Vaccination report Assam 1874-1896 - 1874-1896
Year: 1874
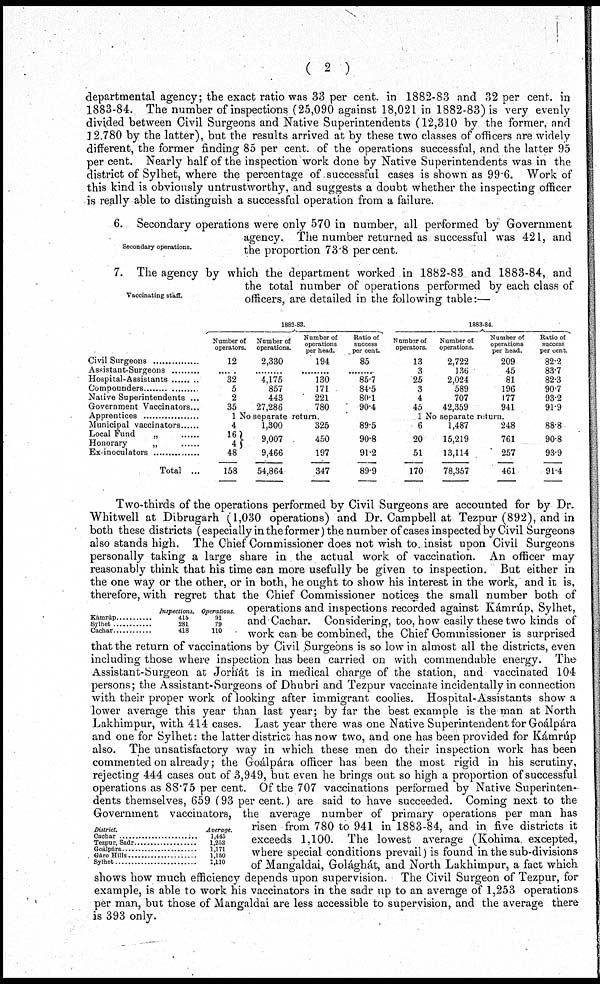
( 2 )
departmental agency; the exact ratio was 33 per cent. in 1882-83 and 32 per cent. in
1883-84. The number of inspections (25,090 against 18,021 in 1882-83) is very evenly
divided between Civil Surgeons and Native Superintendents (12,310 by the former, and
12,780 by the latter), but the results arrived at by these two classes of officers are widely
different, the former finding 85 per cent. of the operations successful, and the latter 95
per cent. Nearly half of the inspection work done by Native Superintendents was in the
district of Sylhet, where the percentage of successful cases is shown as 99.6. Work of
this kind is obviously untrustworthy, and suggests a doubt whether the inspecting officer
is really able to distinguish a successful operation from a failure.
Secondary operations.
6. Secondary operations were only 570 in number, all performed by Government
agency. The number returned as successful was 421, and
the proportion 73.8 per cent.
Vaccinating staff.
7. The agency by which the department worked in 1882-83 and 1883-84, and
the total number of operations performed by each class of
officers, are detailed in the following table:—
Civil Surgeons ..................
Assistant-Surgeons .........
Hospital-Assitants .........
Compounders ...............
Native Superintendents ...
Government Vaccinators...
Apprentices ...............
Municipal vaccinators ......
Local Fund
„
Honorary „ ......
Ex-inoculators ...............
Total ...
1882-83
Number of
operators.
12
32
5
2
35
Number of
operations.
2,330
......
4,175
857
443
27,286
Number of
operations
per head.
194
......
130
171
221
780
Ratio of
success
per cent.
85
......
85.7
84.5
80.1
90.4
1 No separate return.
4
16
4
48
158
1,300
9,007
9,466
54,864
325
450
197
347
89.5
90.8
91.2
89.9
1883-84
Number of
operators.
13
3
25
3
4
45
Number of
operations.
2,722
136
2,024
589
707
42,359
Number of
operations
per head.
209
45
81
196
177
941
Ratio of
success
per cent
82.2
83.7
82.3
90.7
93.2
91.9
1 No separate return.
6
20
51
170
1,487
15,219
13,114
78,357
248
761
257
461
88.8
90.8
93.9
91.4
Kámrúp ............
Sylhet ...............
Cachar ...............
Inspections.
416
281
418
Operations.
91
79
110
District.
Cacher .....................
Tezpur, Sadr ............
Goálpára ..................
Gáro Hills ..................
Sylhet ........................
Average
1,445
1,258
1,171
1,150
1,110
Two-thirds of the operations performed by Civil Surgeons are accounted for by Dr.
Whitwell at Dibrugarh (1,030 operations) and Dr. Campbell at Tezpur (892), and in
both these districts (especially in the former) the number of cases inspected by Civil Surgeons
also stands high. The Chief Commissioner does not wish to insist upon Civil Surgeons
personally taking a large share in the actual work of vaccination. An officer may
reasonably think that his time can more usefully be given to inspection. But either in
the one way or the other, or in both, he ought to show his interest in the work, and it is,
therefore, with regret that the Chief Commissioner notices the small number both of
operations and inspections recorded against Kámrúp, Sylhet,
and Cachar. Considering, too, how easily these two kinds of
work can be combined, the Chief Commissioner is surprised
that the return of vaccinations by Civil Surgeons is so low in almost all the districts, even
including those where inspection has been carried on with commendable energy. The-
Assistant-Surgeon at Jorhát is in medical charge of the station, and vaccinated 104
persons; the Assistant-Surgeons of Dhubri and Tezpur vaccinate incidentally in connection
with their proper work of looking after immigrant coolies. Hospital-Assistants show a
lower average this year than last year; by far the best example is the man at North
Lakhimpur, with 414 cases. Last year there was one Native Superintendent for Goálpára
and one for Sylhet: the latter district has now two, and one has been provided for Kámrúp
also. The unsatisfactory way in which these men do their inspection work has been
commented on already; the Goálpára officer has been the most rigid in his scrutiny,
rejecting 444 cases out of 3,949, but even he brings out so high a proportion of successful
operations as 88.75 per cent. Of the 707 vaccinations performed by Native Superinten-
dents themselves, 659 (93 per cent.) are said to have succeeded. Coming next to the
Government vaccinators, the average number of primary operations per man has
risen from 780 to 941 in 1883-84, and in five districts it
exceeds 1,100. The lowest average (Kohima excepted,
where special conditions prevail) is found in the sub-divisions
of Mangaldai, Golághát, and North Lakhimpur, a fact which
shows how much efficiency depends upon supervision. The Civil Surgeon of Tezpur, for
example, is able to work his vaccinators in the sadr up to an average of 1,253 operations
per man, but those of Mangaldai are less accessible to supervision, and the average there
is 393 only.